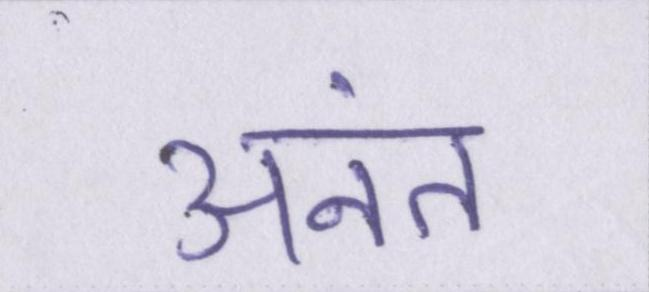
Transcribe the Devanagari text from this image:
अनंत